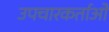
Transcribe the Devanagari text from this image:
उपचारकर्ताओं